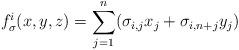
LaTeX: \begin{align*}f_\sigma^i(x,y,z)=\sum_{j=1}^n(\sigma_{i,j}x_j+\sigma_{i,n+j} y_j)\end{align*}